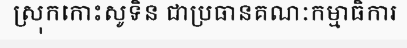
ស្រុកកោះសូទិន ជាប្រធានគណៈកម្មាធិការ